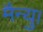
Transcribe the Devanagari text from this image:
मैन्यु।